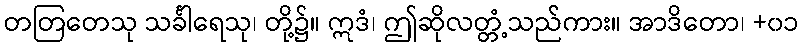
တတြတေသု သင်္ခါရေသု၊ တို့၌။ ဣဒံ၊ ဤဆိုလတ္တံ့သည်ကား။ အာဒိတော၊ +၀၁